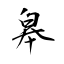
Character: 皋